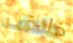
خلاف